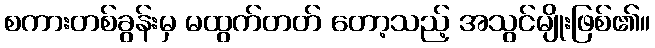
စကားတစ်ခွန်းမှ မထွက်တတ် တော့သည့် အသွင်မျိုးဖြစ်၏။